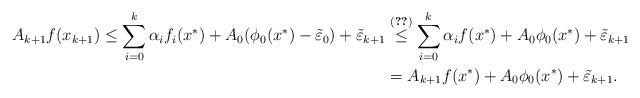
LaTeX: \begin{align*}A_{k+1} f(x_{k+1}) \leq \sum_{i=0}^k \alpha_i f_i(x^\ast) + A_0 (\phi_0(x^\ast) - \tilde \varepsilon_0) + \tilde \varepsilon_{k+1} &\overset{\eqref{Eq:Under}}{\leq} \sum_{i=0}^k \alpha_i f(x^\ast) + A_0\phi_0(x^\ast) + \tilde \varepsilon_{k+1}\\ &= A_{k+1} f(x^\ast) + A_0\phi_0(x^\ast) + \tilde \varepsilon_{k+1}.\end{align*}